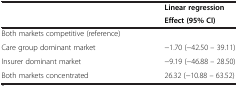
|  | Linear regression |
 |  | Effect (95% CI) |
 | --- | --- |
 | Both markets competitive (reference) |  |
 | Care group dominant market | −1.70 (−42.50 – 39.11) |
 | Insurer dominant market | −9.19 (−46.88 – 28.50) |
 | Both markets concentrated | 26.32 (−10.88 – 63.52) |